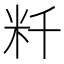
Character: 粁